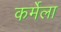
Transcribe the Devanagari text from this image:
कर्मेला